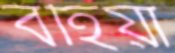
বহিয়া